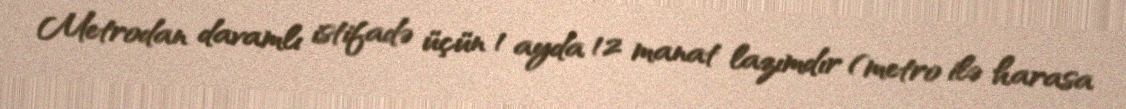
Metrodan davamlı istifadə üçün 1 ayda 12 manat lazımdır (metro ilə harasa